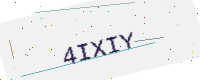
Text: 4IXIY